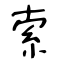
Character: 索